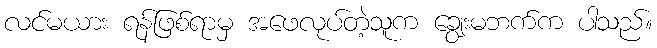
လင်မယား ရန်ဖြစ်ရာမှ အဖေလုပ်တဲ့သူက ချွေးမဘက်က ပါသည်။